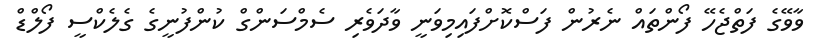
ވާވޭގެ ފަތްޖެހޭ ފޯންތައް ނެރުން ފަސްކޮށްފައިމިވަނީ ވާދަވެރި ސެމްސަންގް ކުންފުނީގެ ގެލެކްސީ ފޯލްޑް